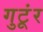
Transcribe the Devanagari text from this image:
गुटूंर